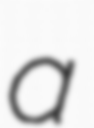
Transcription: a